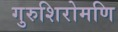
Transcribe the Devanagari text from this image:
गुरुशिरोमणि